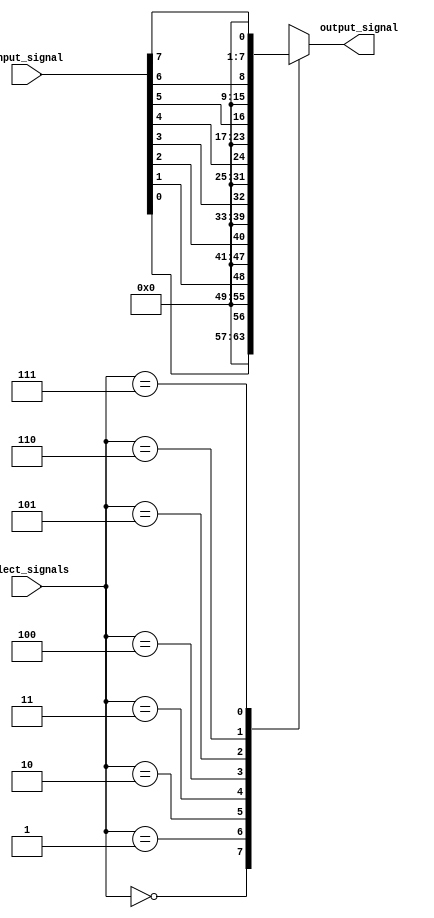
module demultiplexer (
    input wire [7:0] input_signal,
    input wire [2:0] select_signals,
    output reg [7:0] output_signal
);

always @(*) begin
    case (select_signals)
        3'b000: output_signal = input_signal[0];
        3'b001: output_signal = input_signal[1];
        3'b010: output_signal = input_signal[2];
        3'b011: output_signal = input_signal[3];
        3'b100: output_signal = input_signal[4];
        3'b101: output_signal = input_signal[5];
        3'b110: output_signal = input_signal[6];
        3'b111: output_signal = input_signal[7];
    endcase
end

endmodule